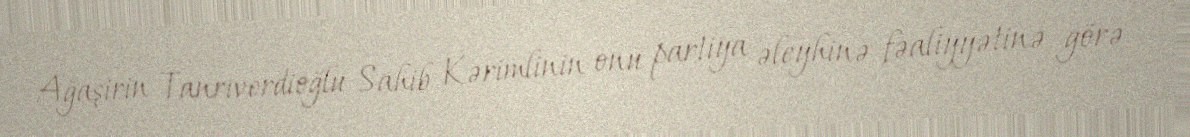
Ağaşirin Tanrıverdioğlu Sahib Kərimlinin onu partiya əleyhinə fəaliyyətinə görə